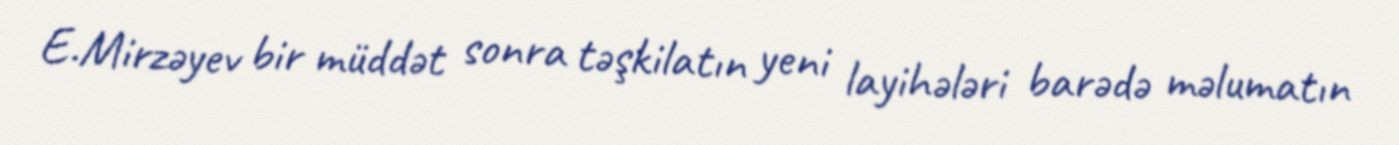
E.Mirzəyev bir müddət sonra təşkilatın yeni layihələri barədə məlumatın